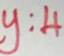
y : 4